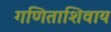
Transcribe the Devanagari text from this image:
गणिताशिवाय